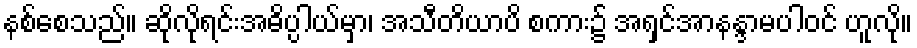
နစ်စေသည်။ ဆိုလိုရင်းအဓိပ္ပါယ်မှာ၊ အသီတိယာပိ စကား၌ အရှင်အာနန္ဒာမပါဝင် ဟူလို။